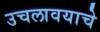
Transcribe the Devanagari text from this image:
उचलावयाचे